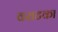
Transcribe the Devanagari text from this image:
वराटका